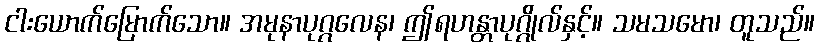
ငါးယောက်မြောက်သော။ အမုနာပုဂ္ဂလေန၊ ဤရဟန္တာပုဂ္ဂိုလ်နှင့်။ သမသမော၊ တူသည်။